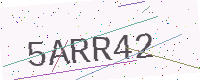
Text: 5ARR42